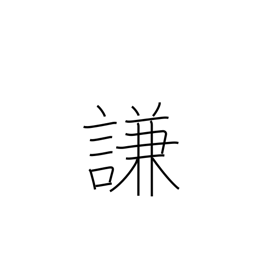
Meaning: condescend